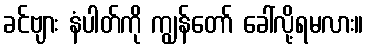
ခင်ဗျား နံပါတ်ကို ကျွန်တော် ခေါ်လို့ရမလား။